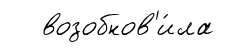
возобнов'и́ла